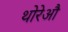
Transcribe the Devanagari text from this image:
थोरेऔ